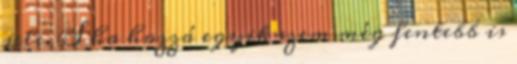
jele. S ha hozzá egyik szem még fentebb is